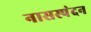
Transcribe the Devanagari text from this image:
नासस्पंदन